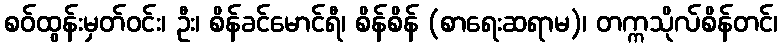
စဝ်ထွန်းမှတ်ဝင်း၊ ဦး၊ စိန်ခင်မောင်ရီ၊ စိန်စိန် (စာရေးဆရာမ)၊ တက္ကသိုလ်စိန်တင်၊